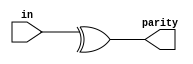
// This program was cloned from: https://github.com/BriceLucifer/DDCA-verilog
// License: MIT License

module top_module (
    input [7:0] in,
    output parity); 

assign parity = ^ in;
// in[7] ^ in[6] ^ ... 
endmodule